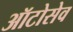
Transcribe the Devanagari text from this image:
ऑटोसेव